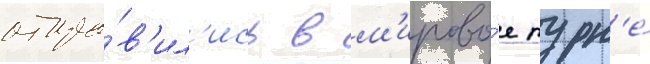
отпра́в'ил'ись в м'ирово́е турн'е́